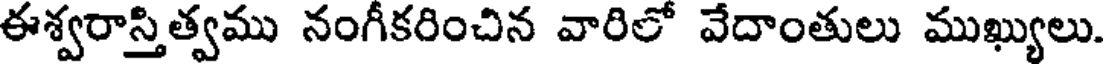
ఈశ్వరాస్తిత్వము నంగీకరించిన వారిలో వేదాంతులు ముఖ్యులు.